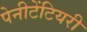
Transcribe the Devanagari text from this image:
पेनीटेंटियरी